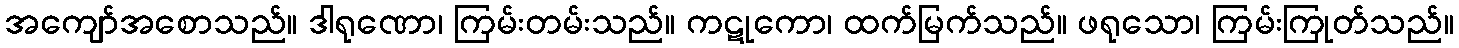
အကျော်အစောသည်။ ဒါရုဏော၊ ကြမ်းတမ်းသည်။ ကဋုကော၊ ထက်မြက်သည်။ ဖရုသော၊ ကြမ်းကြုတ်သည်။